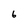
Character: 6